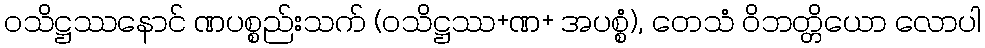
ဝသိဋ္ဌဿနောင် ဏပစ္စည်းသက် (ဝသိဋ္ဌဿ+ဏ+ အပစ္စံ), တေသံ ဝိဘတ္တိယော လောပါ